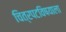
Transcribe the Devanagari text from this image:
चित्रपटविषयाला